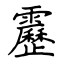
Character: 靂